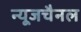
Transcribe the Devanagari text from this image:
न्यूजचैनल